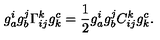
g _ { a } ^ { i } g _ { b } ^ { j } \Gamma _ { i j } ^ { k } g _ { k } ^ { c } = \frac { 1 } { 2 } g _ { a } ^ { i } g _ { b } ^ { j } C _ { i j } ^ { k } g _ { k } ^ { c } .